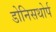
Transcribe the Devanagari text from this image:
डोनिसथोर्प